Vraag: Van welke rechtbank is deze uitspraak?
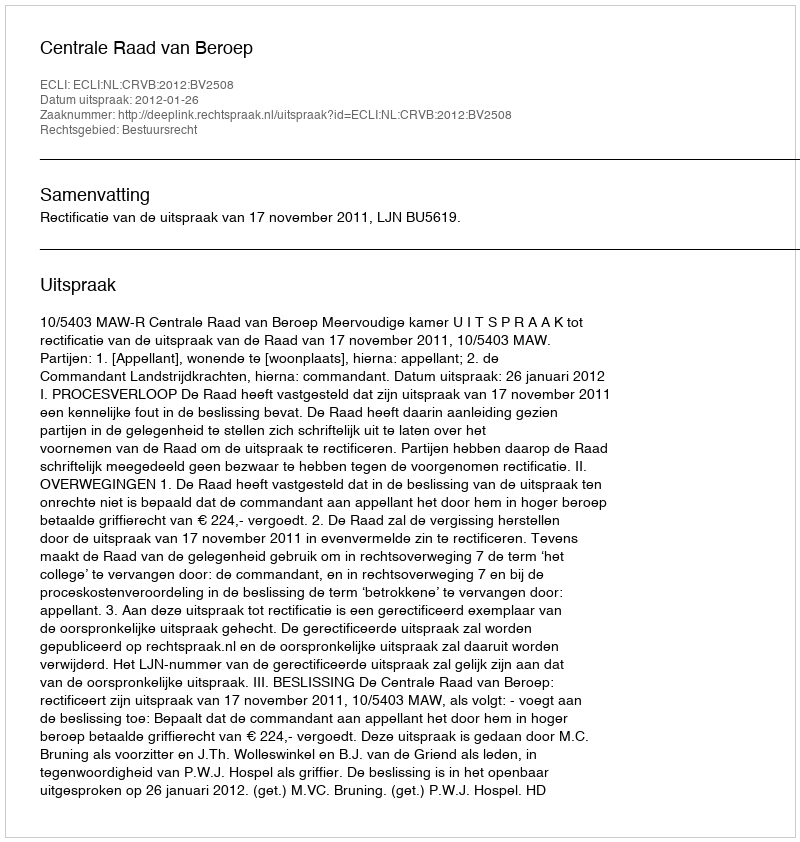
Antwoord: Centrale Raad van Beroep